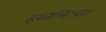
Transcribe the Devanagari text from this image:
हस्तलिखत